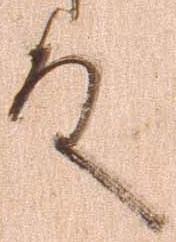
殿